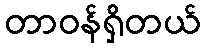
တာဝန်ရှိတယ်